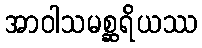
အာဝါသမစ္ဆရိယဿ